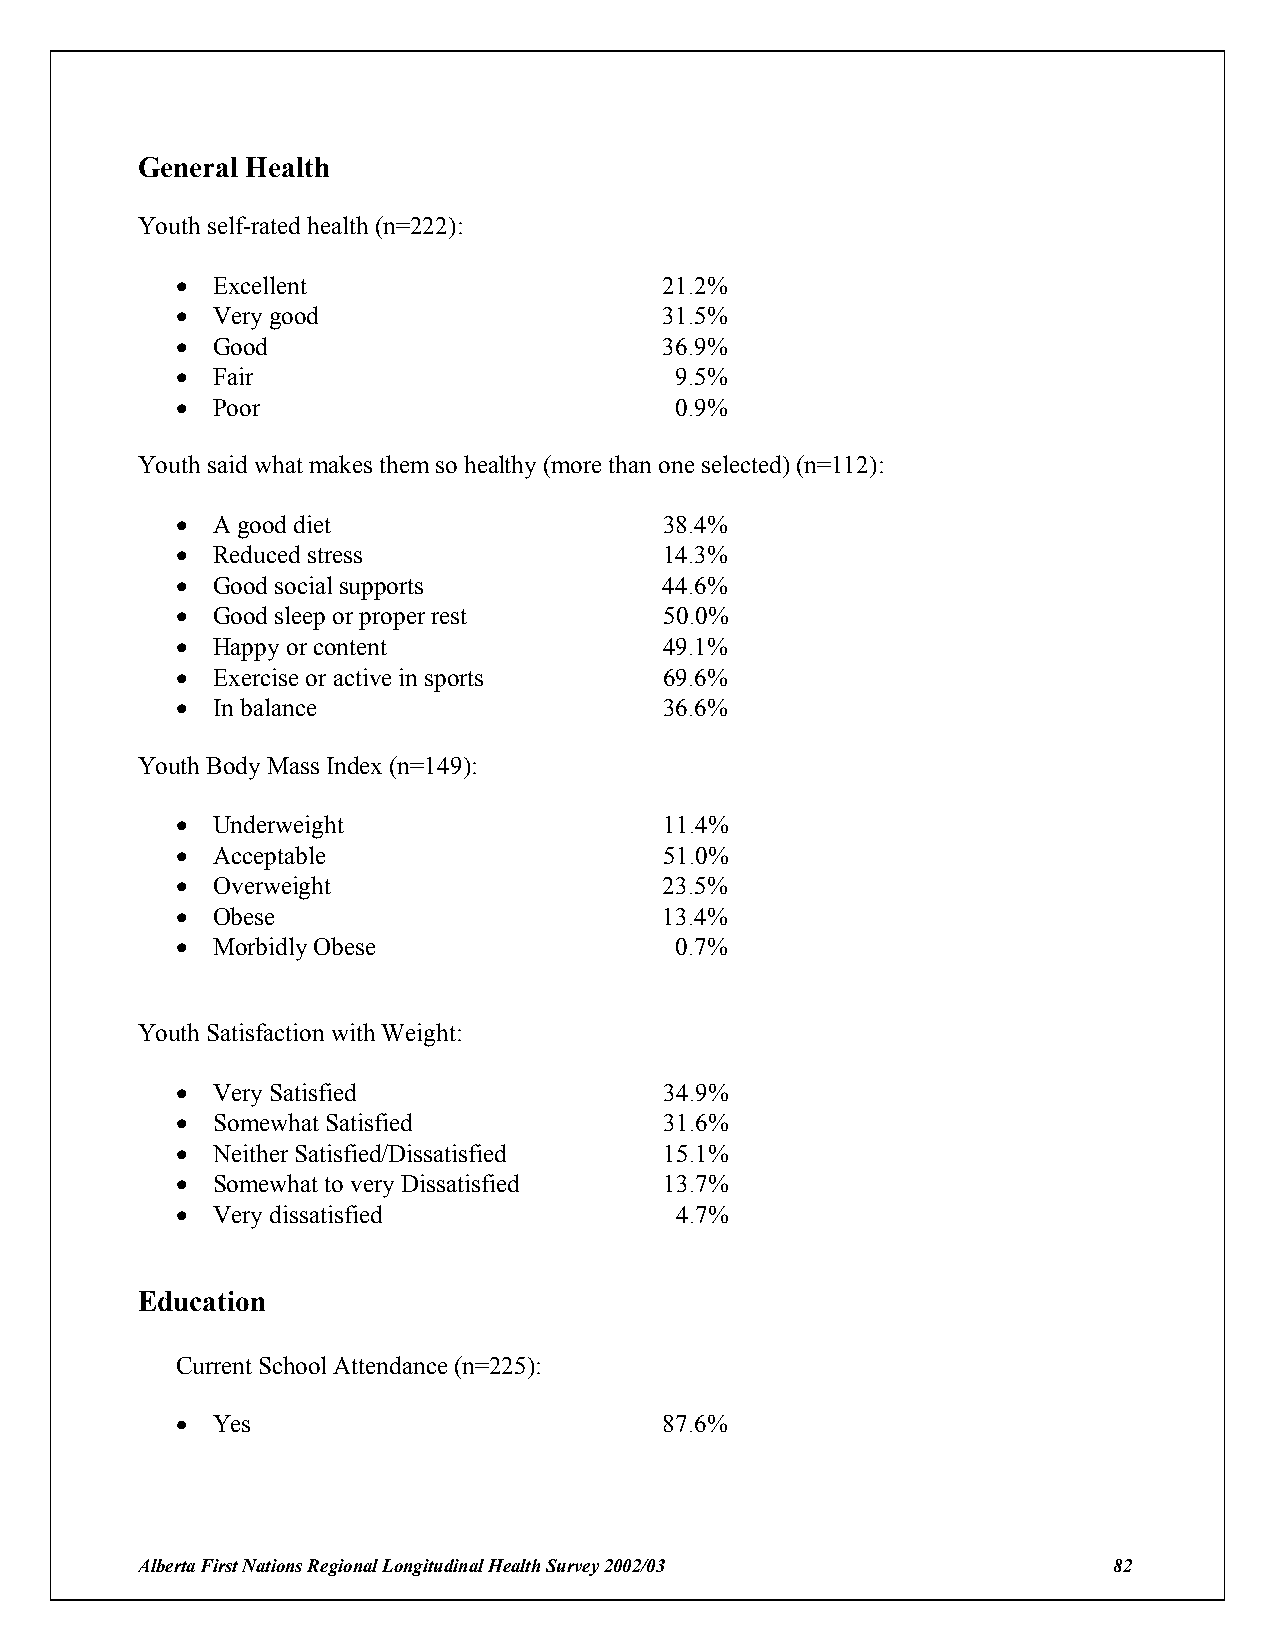
General Health
 Youth self-rated health (n=222):
 ! Excellent                     21.2%
 ! Very good                     31.5%
 ! Good                          36.9%
 ! Fair                           9.5%
 ! Poor                           0.9%
 Youth said what makes them so healthy (more than one selected) (n=112):
 ! A good diet                   38.4%
 ! Reduced stress                14.3%
 ! Good social supports          44.6%
 ! Good sleep or proper rest     50.0%
 ! Happy or content              49.1%
 ! Exercise or active in sports  69.6%
 ! In balance                    36.6%
 Youth Body Mass Index (n=149):
 ! Underweight                   11.4%
 ! Acceptable                    51.0%
 ! Overweight                    23.5%
 ! Obese                         13.4%
 ! Morbidly Obese                 0.7%
 Youth Satisfaction with Weight:
 ! Very Satisfied                34.9%
 ! Somewhat Satisfied            31.6%
 ! Neither Satisfied/Dissatisfied 15.1%
 ! Somewhat to very Dissatisfied 13.7%
 ! Very dissatisfied              4.7%
 Education
 Current School Attendance (n=225):
 ! Yes                           87.6%
 Alberta First Nations Regional Longitudinal Health Survey 2002/03 82